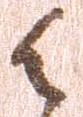
候